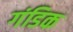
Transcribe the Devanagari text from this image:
गंडिक